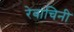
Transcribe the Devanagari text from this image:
रेवाचिनी